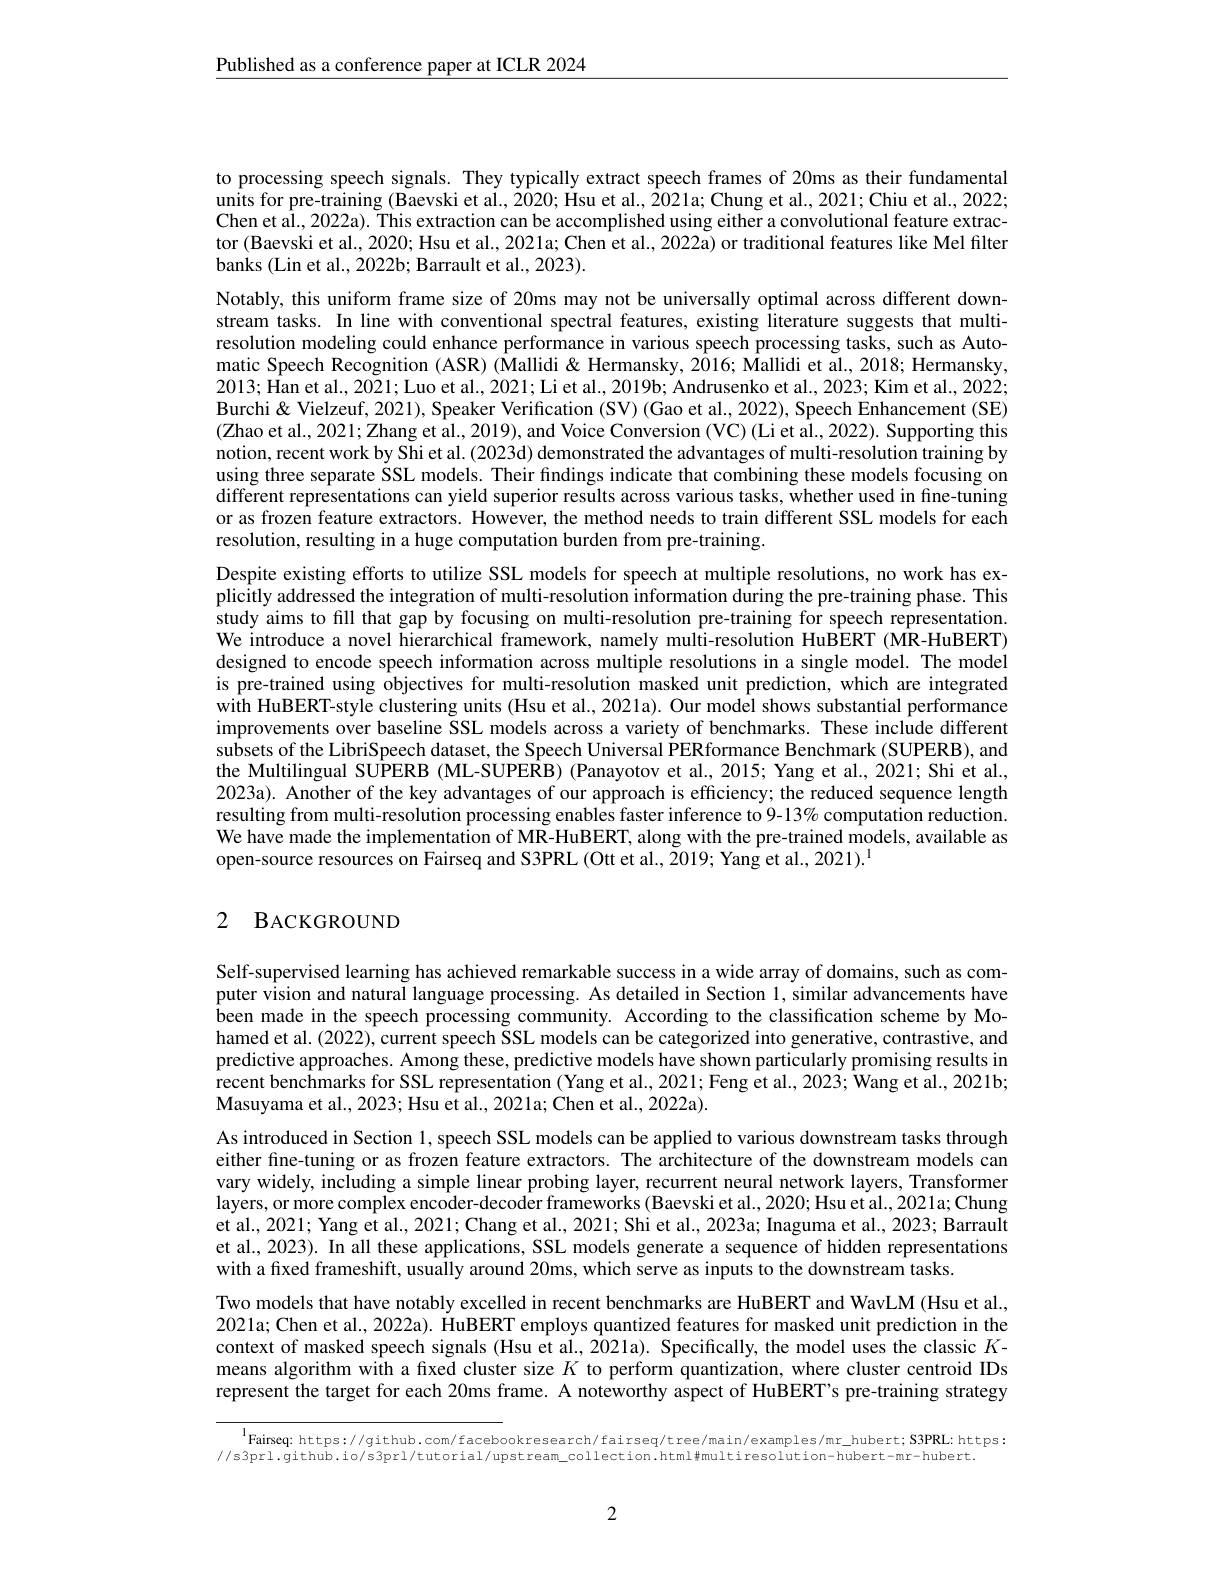
$\underline{\text{Published as a conference paper at ICLR 2024}}$

to processing speech signals. They typically extract speech frames of 20ms as their fundamental units for pre-training (Baevski et al., 2020; Hsu et al., 2021a; Chung et al., 2021; Chiu et al., 2022; Chen et aÎ., 2022a). This extraction can be accomplished using either a convolutional feature extractor (Baevski et al., 2020; Hsu et al., 2021a; Chen et al., 2022a) or traditional features like Mel filter banks (Lin et al., 2022b; Barrault et al., 2023).
Notably, this uniform frame size of 20ms may not be universally optimal across different downstream tasks. In line with conventional spectral features, existing literature suggests that multiresolution modeling could enhance performance in various speech processing tasks, such as Automatic Speech Recognition (ASR) (Mallidi& Hermansky, 2016; Mallidi et al., 2018; Hermansky, 2013; Han et al., 2021; Luo et al., 2021; Li et al., 2019b; Andrusenko et al., 2023; Kim et al., 2022; Burchi& Vielzeuf, 2021), Speaker Verification (SV) (Gao et al., 2022), Speech Enhancement (SE) (Zhao et al., 2021; Zhang et al., 2019), and Voice Conversion (VC) (Li et al., 2022). Supporting this notion, recent work by Shi et al. (2023d) demonstrated the advantages of multi-resolution training by using three separate SSL models. Their findings indicate that combining these models focusing on different representations can yield superior results across various tasks, whether used in fine-tuning or as frozen feature extractors. However, the method needs to train different SSL models for each resolution, resulting in a huge computation burden from pre-training.
Despite existing efforts to utilize SSL models for speech at multiple resolutions, no work has explicitly addressed the integration of multi-resolution information during the pre-training phase. This study aims to fill that gap by focusing on multi-resolution pre-training for speech representation. We introduce a novel hierarchical framework, namely multi-resolution HuBERT (MR-HuBERT) designed to encode speech information across multiple resolutions in a single model. The model is pre-trained using objectives for multi-resolution masked unit prediction, which are integrated with HuBERT-style clustering units (Hsu et al., 2021a). Our model shows substantial performance improvements over baseline SSL models across a variety of benchmarks. These include different subsets of the LibriSpeech dataset, the Speech Universal $\dot{\text{PERformance Benchmark(SUPERB),and}}$ the Multilingual SUPERB (ML-SUPERB) (Panayotov et al., 2015; Yang et al., 2021; Shi et al., 2023a). Another of the key advantages of our approach is efficiency; the reduced sequence length resulting from multi-resolution processing enables faster inference to 9-13% computation reduction. We have made the implementation of MR-HuBERT, along with the pre-trained models, available as open-source resources on Fairseq and S3PRL (Ott et al., 2019; Yang et al., 2021).$^{1}$

### 2 $\mathbf{B} _{\mathrm{ACKGROUND}}$

Self-supervised learning has achieved remarkable success in a wide array of domains, such as computer vision and natural language processing. As detailed in Section 1, similar advancements have been made in the speech processing community. According to the classification scheme by Mohamed et al. (2022), current speech SSL models can be categorized into generative, contrastive, and predictive approaches. Among these, predictive models have shown particularly promising results in recent benchmarks for SSL representation (Yang et al., 2021; Feng et al., 2023; Wang et al., 2021b; Masuyama et al., 2023; Hsu et al., 2021a; Chen et al., 2022a).
As introduced in Section 1, speech SSL models can be applied to various downstream tasks through either fine-tuning or as frozen feature extractors. The architecture of the downstream models can vary widely, including a simple linear probing layer, recurrent neural network layers, Transformer layers, or more complex encoder-decoder frameworks (Baevski et al., 2020; Hsu et al., 2021a; Chung et al., 2021; Yang et al., 2021; Chang et al., 2021; Shi et al., 2023a; Inaguma et al., 2023; Barrault et al., 2023). In all these applications, SSL models generate a sequence of hidden representations with a fixed frameshift, usually around 20ms, which serve as inputs to the downstream tasks.
Two models that have notably excelled in recent benchmarks are HuBERT and WavLM (Hsu et al., 2021a; Chen et al., 2022a). HuBERT employs quantized features for masked unit prediction in the context of masked speech signals (Hsu et al., 2021a). Specifically, the model uses the classic $K$- means algorithm with a fixed cluster size $K$ to perform quantization, where cluster centroid IDs represent the target for each 20ms frame. A noteworthy aspect of HuBERT's pre-training strategy

$^{\mathrm{l}}$Fairseq: https://github.com/facebookresearch/fairseq/tree/main/examples/mr\_hubert; S3PRL: https:

//s3prl.github.io/s3prl/tutorial/upstream\_collection.html#multiresolution-hubert-mr-hubert.

2